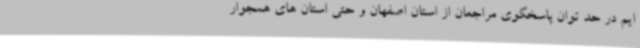
ایم در حد توان پاسخگوی مراجعان از استان اصفهان و حتی استان های همجوار